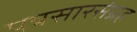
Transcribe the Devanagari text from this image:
पत्रसारसंग्रह